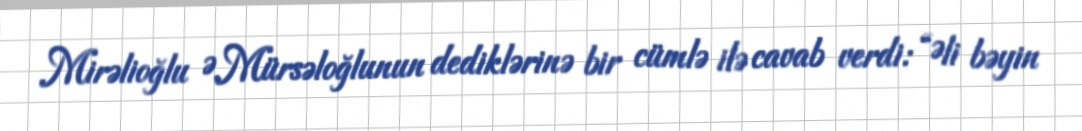
Mirəlioğlu Ə.Mürsəloğlunun dediklərinə bir cümlə ilə cavab verdi: “Əli bəyin